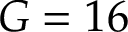
G = 1 6